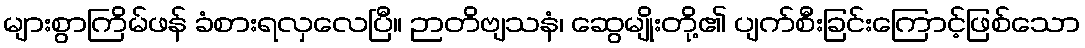
များစွာကြိမ်ဖန် ခံစားရလှလေပြီ။ ဉာတိဗျသနံ၊ ဆွေမျိုးတို့၏ ပျက်စီးခြင်းကြောင့်ဖြစ်သော